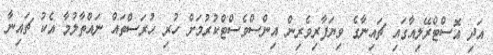
އަދި އޮސްޓްރޭލިއާގައި ޗައިނާގެ ވިޔަފާރިވެރިން އިންސްވެސްޓްކުރުމަށް ހުރި ހުރަސްތައް ނައްތާލުމާ އެކު ޗައިނާ